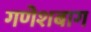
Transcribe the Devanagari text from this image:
गणेशबाग